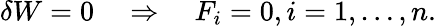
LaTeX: \delta W=0\quad\Rightarrow\quad F_{i}=0,i=1,\ldots,n.